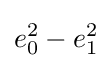
e_{0}^{2}-e_{1}^{2}